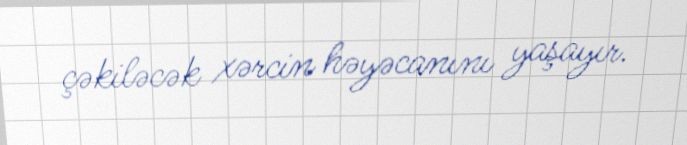
çəkiləcək xərcin həyəcanını yaşayır.